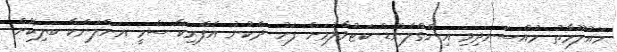
މައުލޫމާތު މުއްސަނދިވި އިންގްލެންޑް ކަޓުވާލުމަށް ފަހު ދެކުނު އެފްރިކާ ސެމީ އަށްލަންކާ ބަލިކޮށް